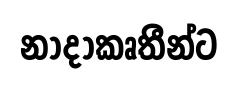
නාදාකෘතීන්ට